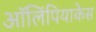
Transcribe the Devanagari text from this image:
ऑलिंपियाकेस